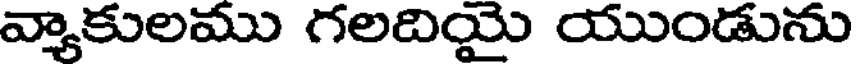
వ్యాకులము గలదియై యుండును